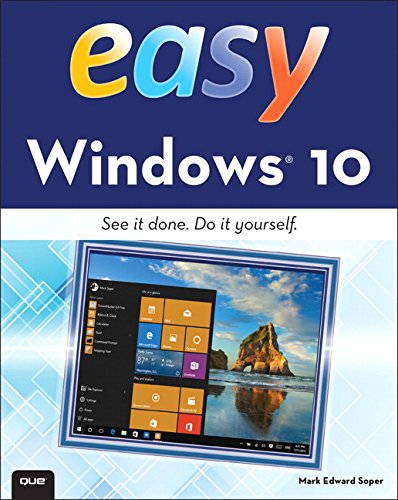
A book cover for Easy Windows 10; Mark Edward Soper; Computers & Technology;